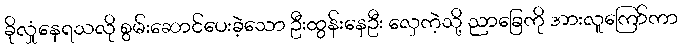
ခိုလှုံနေရသလို စွမ်းဆောင်ပေးခဲ့သော ဦးထွန်းနေဦး လှေကဲ့သို့ ညာခြေကို အားလူကြော်ကာ